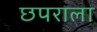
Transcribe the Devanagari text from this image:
छपराला